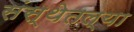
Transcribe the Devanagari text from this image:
संस्थेतल्या